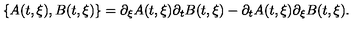
\lbrace A ( t , \xi ) , B ( t , \xi ) \rbrace = \partial _ { \xi } A ( t , \xi ) \partial _ { t } B ( t , \xi ) - \partial _ { t } A ( t , \xi ) \partial _ { \xi } B ( t , \xi ) .